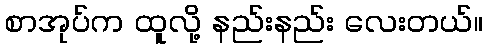
စာအုပ်က ထူလို့ နည်းနည်း လေးတယ်။